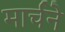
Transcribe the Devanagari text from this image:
मार्चने